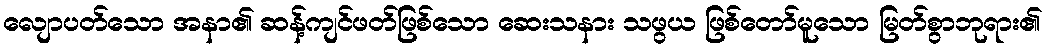
လျောပတ်သော အနာ၏ ဆန့်ကျင်ဖတ်ဖြစ်သော ဆေးသနား သဖွယ ဖြစ်တော်မူသော မြတ်စွာဘုရား၏